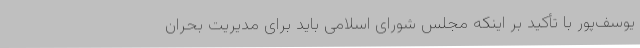
یوسف‌پور با تأکید بر اینکه مجلس شورای اسلامی باید برای مدیریت بحران